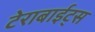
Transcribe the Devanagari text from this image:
टेराबाईट्स